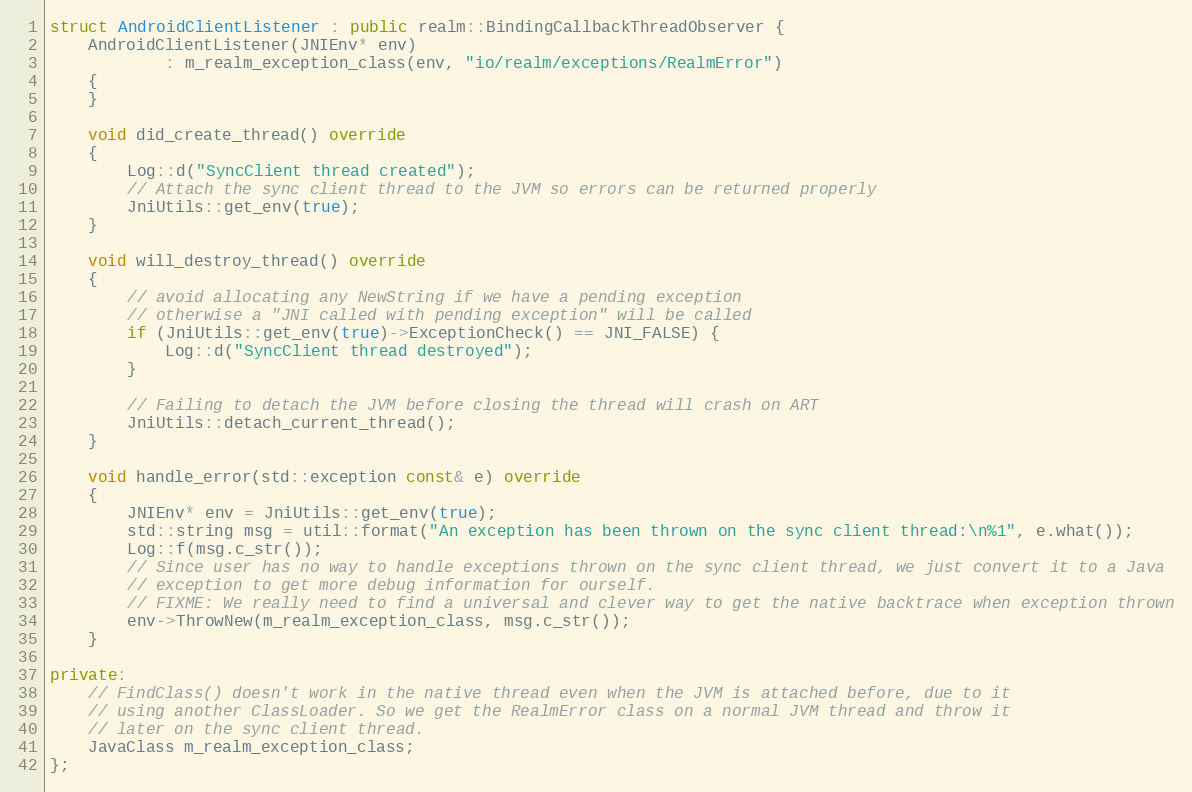
Language: C++
struct AndroidClientListener : public realm::BindingCallbackThreadObserver {
    AndroidClientListener(JNIEnv* env)
            : m_realm_exception_class(env, "io/realm/exceptions/RealmError")
    {
    }

    void did_create_thread() override
    {
        Log::d("SyncClient thread created");
        // Attach the sync client thread to the JVM so errors can be returned properly
        JniUtils::get_env(true);
    }

    void will_destroy_thread() override
    {
        // avoid allocating any NewString if we have a pending exception
        // otherwise a "JNI called with pending exception" will be called
        if (JniUtils::get_env(true)->ExceptionCheck() == JNI_FALSE) {
            Log::d("SyncClient thread destroyed");
        }

        // Failing to detach the JVM before closing the thread will crash on ART
        JniUtils::detach_current_thread();
    }

    void handle_error(std::exception const& e) override
    {
        JNIEnv* env = JniUtils::get_env(true);
        std::string msg = util::format("An exception has been thrown on the sync client thread:\n%1", e.what());
        Log::f(msg.c_str());
        // Since user has no way to handle exceptions thrown on the sync client thread, we just convert it to a Java
        // exception to get more debug information for ourself.
        // FIXME: We really need to find a universal and clever way to get the native backtrace when exception thrown
        env->ThrowNew(m_realm_exception_class, msg.c_str());
    }

private:
    // FindClass() doesn't work in the native thread even when the JVM is attached before, due to it
    // using another ClassLoader. So we get the RealmError class on a normal JVM thread and throw it
    // later on the sync client thread.
    JavaClass m_realm_exception_class;
};